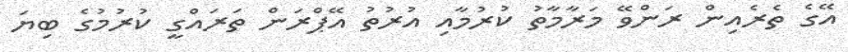
އޭގެ ތެރެއިން ރަންވޭ މަރާމާތު ކުރުމާއި އުރުތު އޭޕްރަން ތަރައްގީ ކުރުމުގެ ބިޔަ